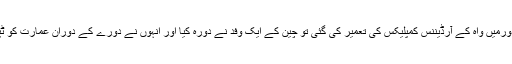
ایوب خان کے دورمیں واہ کے آرڈیننس کمپلیکس کی تعمیر کی گئی تو چین کے ایک وفد نے دورہ کیا اور انہوں نے دورے کے دوران عمارت کو ٹپکتے ہوئے پایا۔